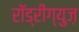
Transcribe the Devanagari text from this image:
राॅड्रीग्युज़